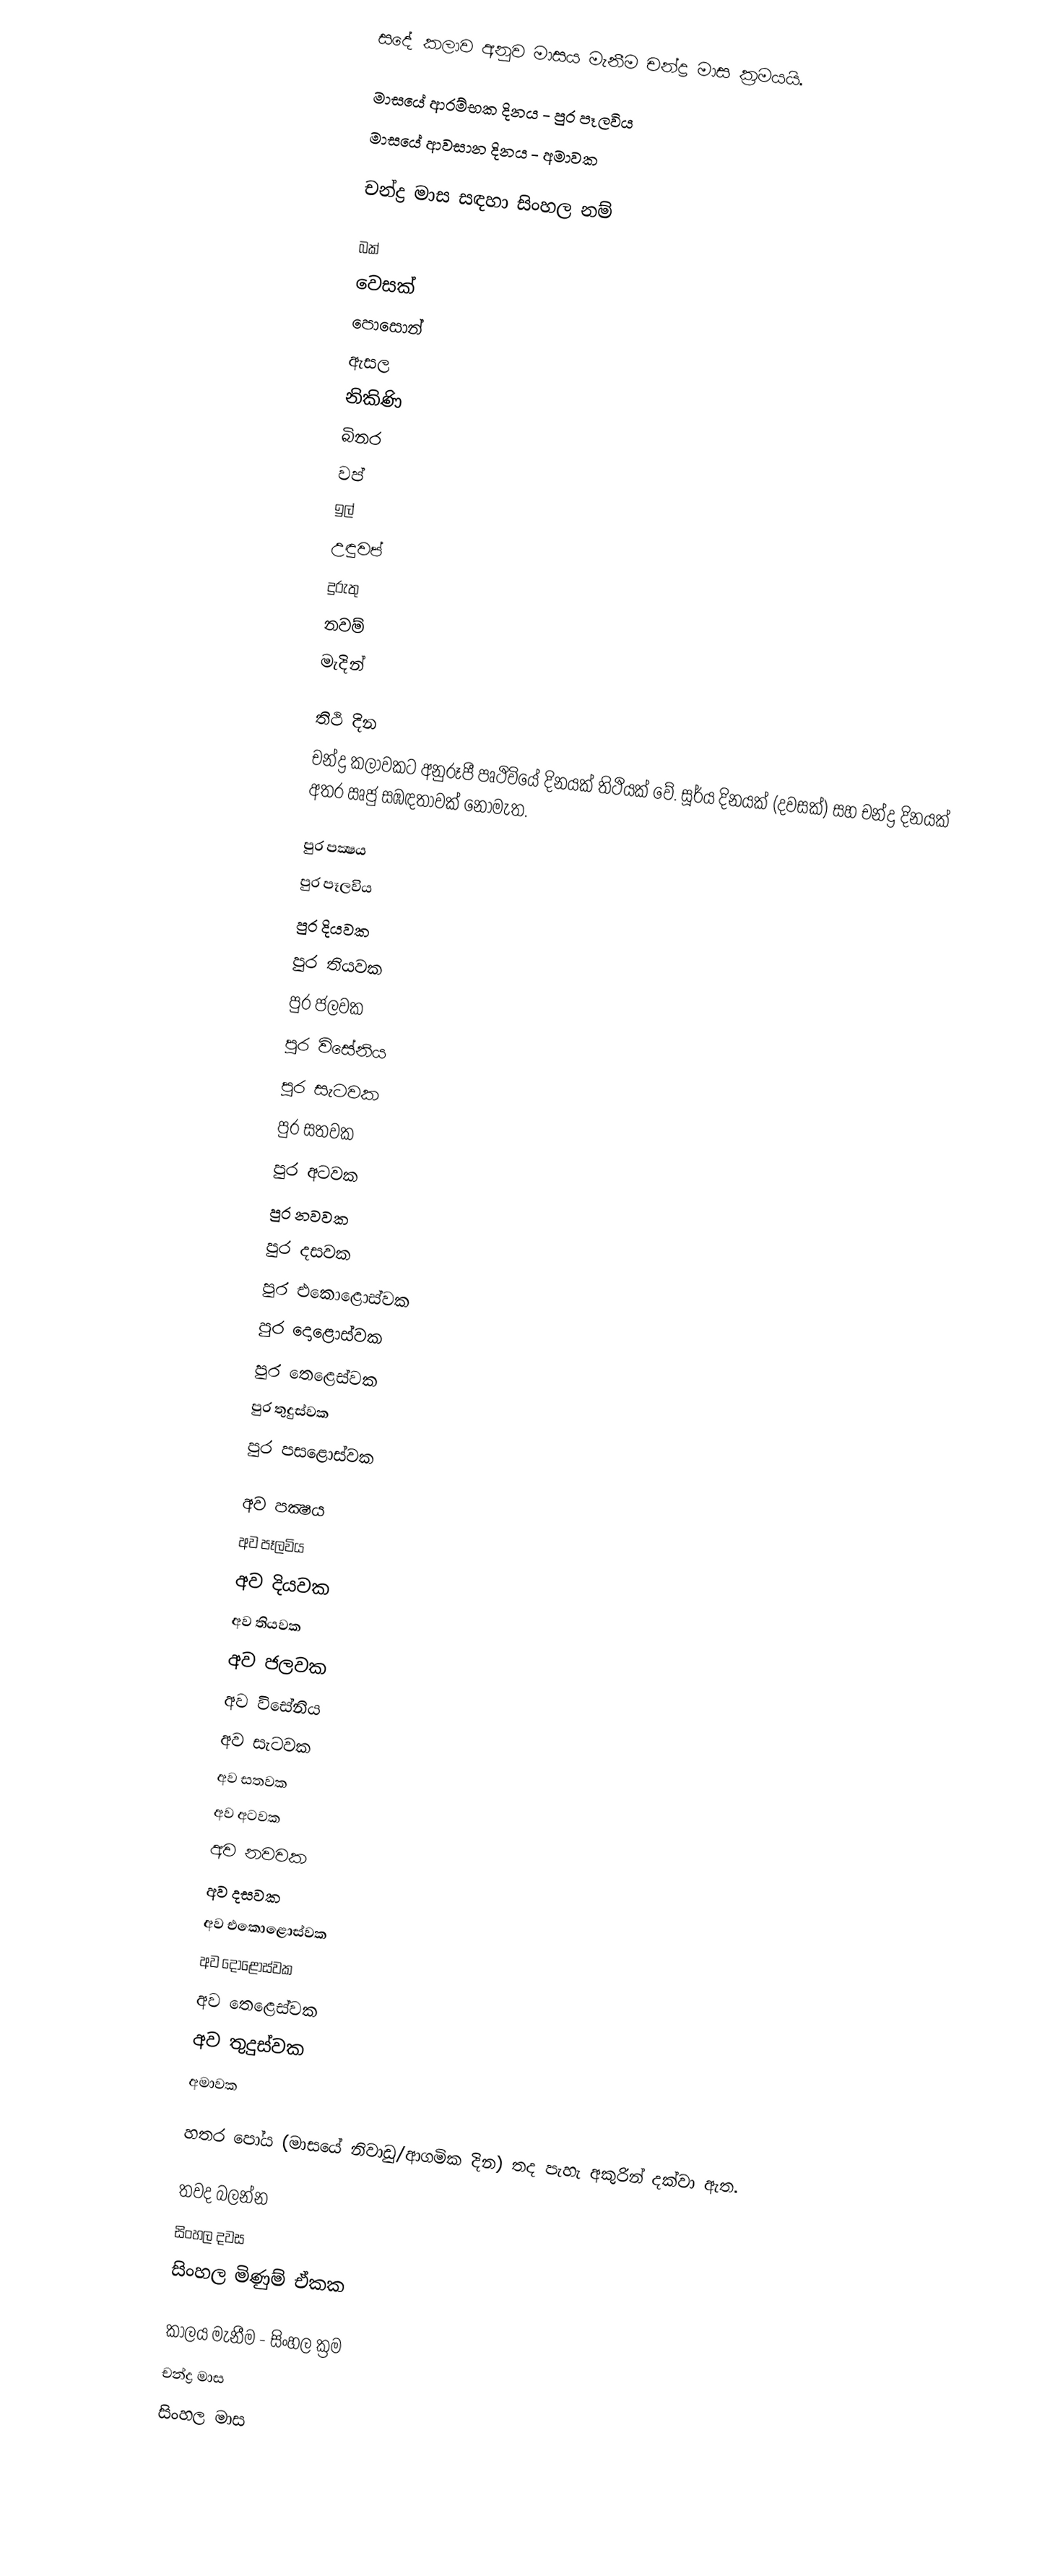
සදේ කලාව අනුව මාසය මැනීම චන්ද්‍ර මාස ක්‍රමයයි.

මාසයේ ආරම්භක දිනය - පුර පෑලවිය
මාසයේ ආවසාන දිනය   - අමාවක

චන්ද්‍ර මාස සඳහා සිංහල නම්

 බක්
 වෙසක්
 පොසොන්
 ඇසල
 නිකිණි
 බිනර
 වප්
 ඉල්
 උඳුවප්
 දුරුතු
 නවම්
 මැදින්

තිථි දින
චන්ද්‍ර කලාවකට අනුරූපී පෘථිවියේ දිනයක් තිථියක් වේ. සූර්ය දිනයක් (දවසක්) සහ චන්ද්‍ර දිනයක් අතර ඍජු සඹඳතාවක් නොමැත.

පුර පක්‍ෂය
 පුර පෑලවිය
 පුර දියවක
 පුර තියවක
 පුර ජලවක
 පුර විසේනිය
 පුර සැටවක
 පුර සතවක
පුර අටවක
 පුර නවවක
 පුර දසවක
 පුර එකොළොස්වක
 පුර දොළොස්වක
 පුර තෙළෙස්වක
 පුර තුදුස්වක
පුර පසළොස්වක

අව පක්‍ෂය
 අව පෑලවිය
 අව දියවක
 අව තියවක
 අව ජලවක
 අව විසේනිය
 අව සැටවක
 අව සතවක
 අව අටවක
 අව නවවක
 අව දසවක
 අව එකොළොස්වක
 අව දොළොස්වක
 අව තෙළෙස්වක
 අව තුදුස්වක
 අමාවක

හතර පෝය (මාසයේ නිවාඩු/ආගමික දින) තද පැහැ අකුරින් දක්වා ඇත.

තවද බලන්න
 සිංහල දවස
 සිංහල මිණුම් ඒකක

කාලය මැනීම - සිංහල ක්‍රම
චන්ද්‍ර මාස
සිංහල මාස